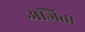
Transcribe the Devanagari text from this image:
अजिता